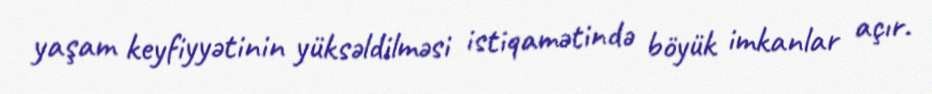
yaşam keyfiyyətinin yüksəldilməsi istiqamətində böyük imkanlar açır.